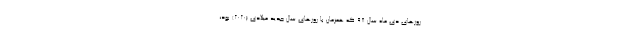
روزهای دی ماه سال 98 که همزمان با روزهای سال جدید میلادی (2020) بود،